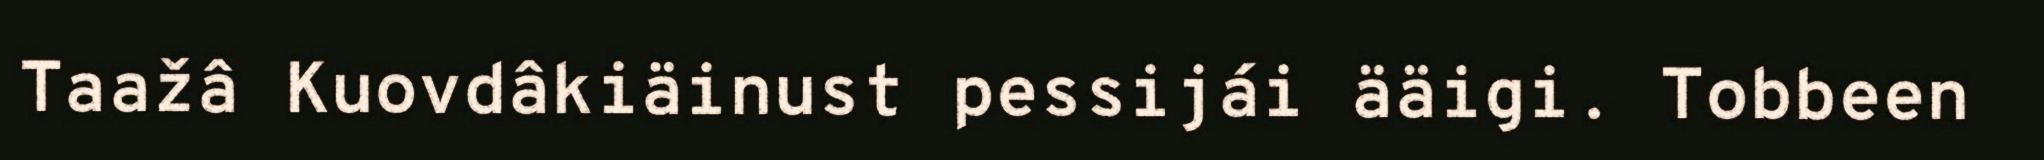
Taažâ Kuovdâkiäinust pessijái ääigi. Tobbeen